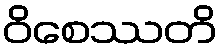
ဝိစေဿတိ